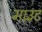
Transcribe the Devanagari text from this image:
माउँट